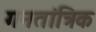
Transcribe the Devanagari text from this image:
गनतांत्रिक